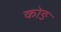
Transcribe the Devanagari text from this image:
कोङ